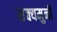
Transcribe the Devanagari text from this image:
सक्यमुनी